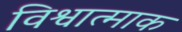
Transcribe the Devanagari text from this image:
विश्वात्माक